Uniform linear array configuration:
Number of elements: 8
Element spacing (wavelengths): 0.25
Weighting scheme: uniform
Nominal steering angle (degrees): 30
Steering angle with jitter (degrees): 28.709
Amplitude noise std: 0.05
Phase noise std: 0.05

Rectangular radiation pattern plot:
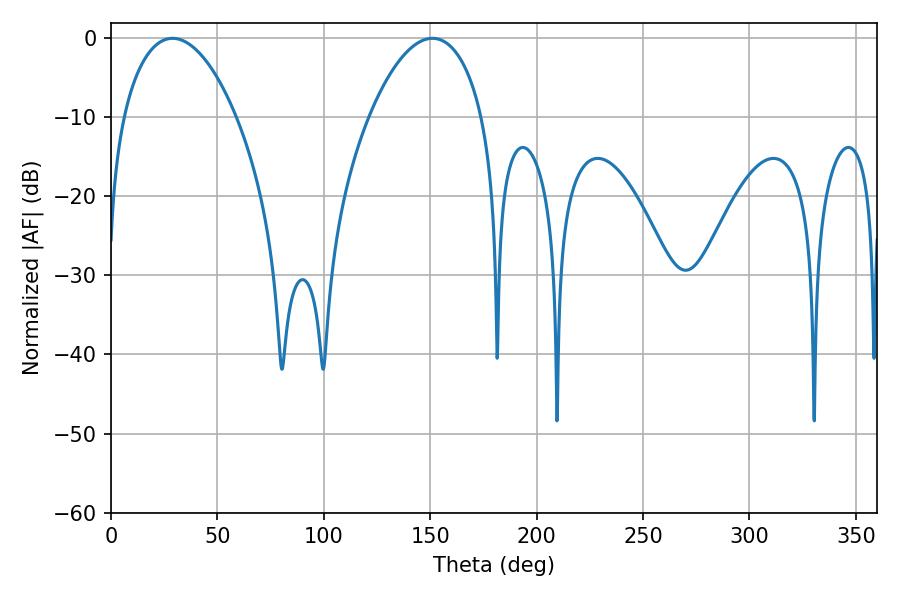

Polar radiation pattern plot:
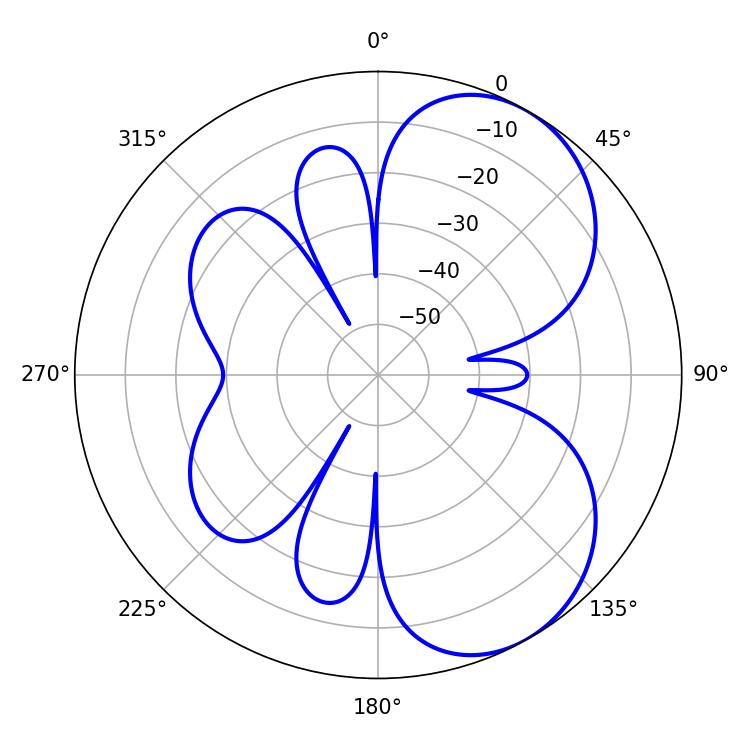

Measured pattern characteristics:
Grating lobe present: FALSE
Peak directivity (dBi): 5.787
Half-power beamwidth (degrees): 29.88
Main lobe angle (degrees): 28.98